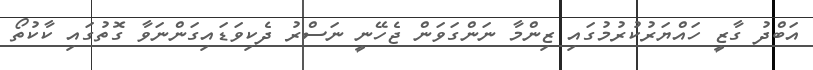
އަބްދު ގާޒީ ހައްޔަރުކުރުމުގައި ޒިންމާ ނަންގަވަން ޖެހޭނީ ނަސްރު ދެކިވަޑައިގަންނަވާ ގޮތުގައި ކާކުތޯ